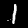
Label: 1